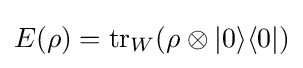
E(\rho )={\text{tr}}_{W}(\rho \otimes \vert 0\rangle \langle 0\vert )